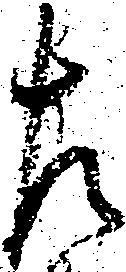
左